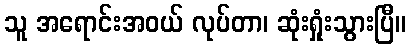
သူ အရောင်းအဝယ် လုပ်တာ၊ ဆုံးရှုံးသွားပြီ။